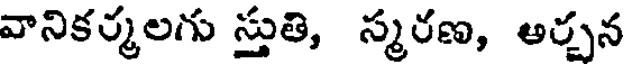
వానికర్మలగు స్తుతి, స్మరణ, ఆర్చన